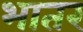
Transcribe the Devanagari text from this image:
भातर